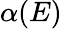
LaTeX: \alpha(E)